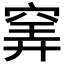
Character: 𥦌